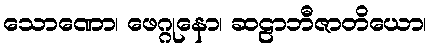
သောဏော၊ ဖေဂ္ဂုနော၊ ဆဠာဘီဇာတိယော၊